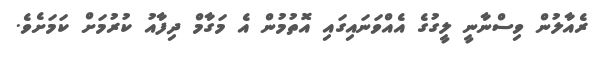
ރެއާލުން ވިސްނާނީ ލީގުގެ އެއްވަނައިގައި އޮތުމުން އެ މަގާމް ދިފާއު ކުރުމަށް ކަމަށެވެ.